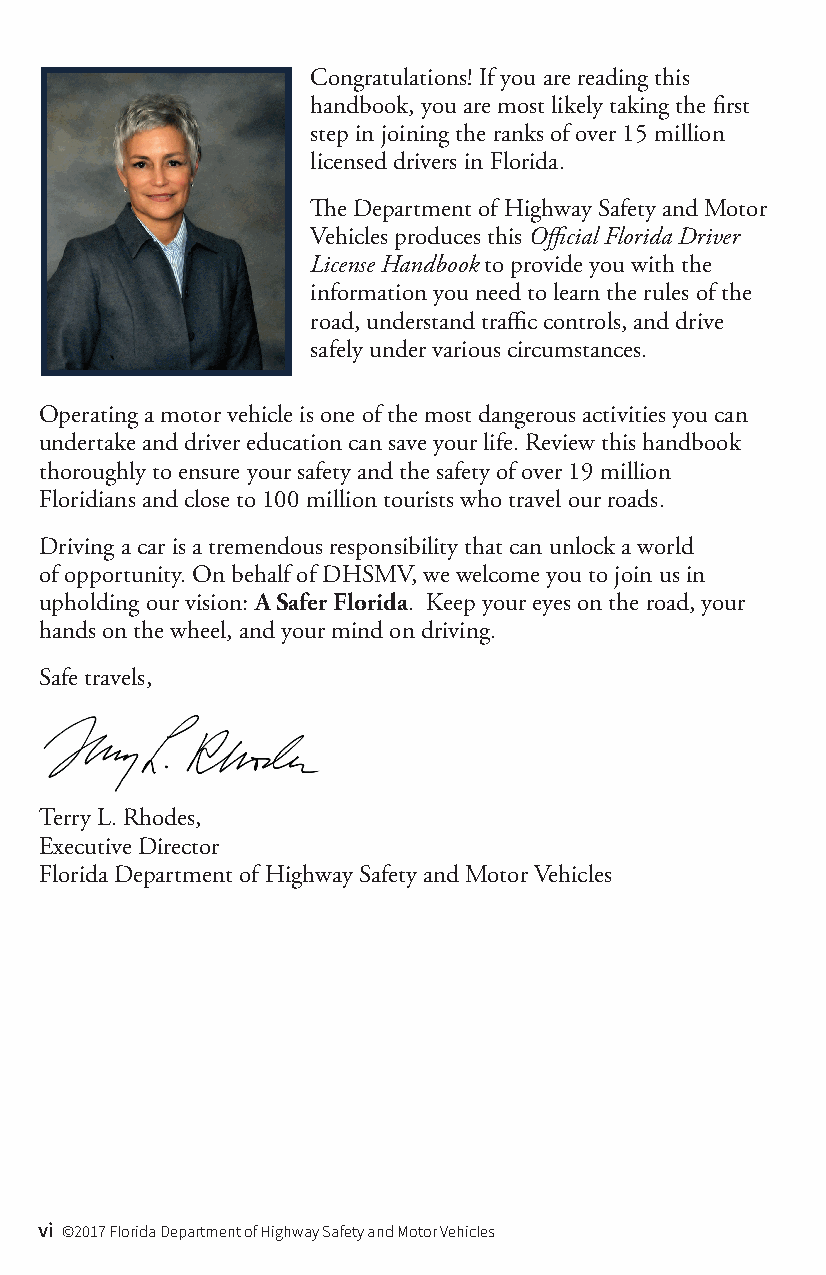
Congratulations! If you are reading this
 handbook, you are most likely taking the first
 step in joining the ranks of over 15 million
 licensed drivers in Florida.
 The Department of Highway Safety and Motor
 Vehicles produces this Official Florida Driver
 License Handbook to provide you with the
 information you need to learn the rules of the
 road, understand traffic controls, and drive
 safely under various circumstances.
 Operating a motor vehicle is one of the most dangerous activities you can
 undertake and driver education can save your life. Review this handbook
 thoroughly to ensure your safety and the safety of over 19 million
 Floridians and close to 100 million tourists who travel our roads.
 Driving a car is a tremendous responsibility that can unlock a world
 of opportunity. On behalf of DHSMV, we welcome you to join us in
 upholding our vision: A Safer Florida. Keep your eyes on the road, your
 hands on the wheel, and your mind on driving.
 Safe travels,
 Terry L. Rhodes,
 Executive Director
 Florida Department of Highway Safety and Motor Vehicles
 vi ©2017 Florida Department of Highway Safety and Motor Vehicles